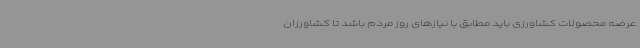
عرضه محصولات کشاورزی باید مطابق با نیازهای روز مردم باشد تا کشاورزان